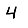
Digit: 4